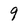
Character: 9